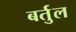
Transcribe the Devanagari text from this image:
बर्तुल